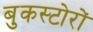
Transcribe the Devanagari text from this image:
बुकस्टोरों